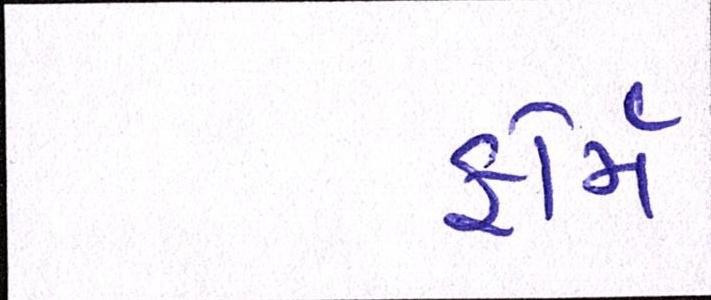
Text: ફોર્મ